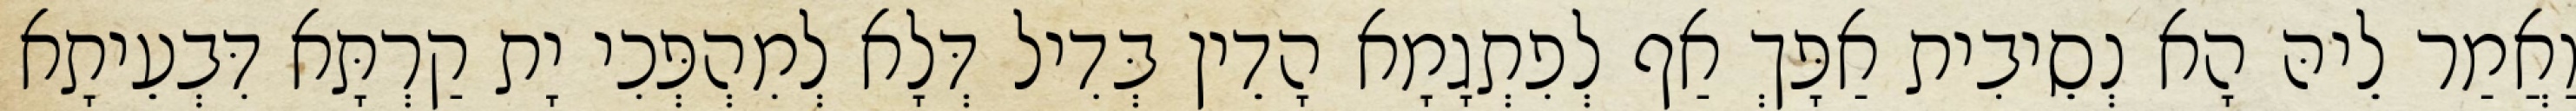
וַאֲמַר לֵיהּ הָא נְסֵיבִית אַפָּךְ אַף לְפִתְגָמָא הָדֵין בְּדִיל דְּלָא לְמִהְפְּכִי יָת קַרְתָּא דִּבְעֵיתָא